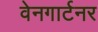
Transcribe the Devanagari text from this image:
वेनगार्टनर